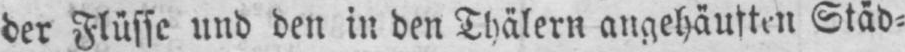
der Flüsse und den in den Thälern angehäuften Städ⸗